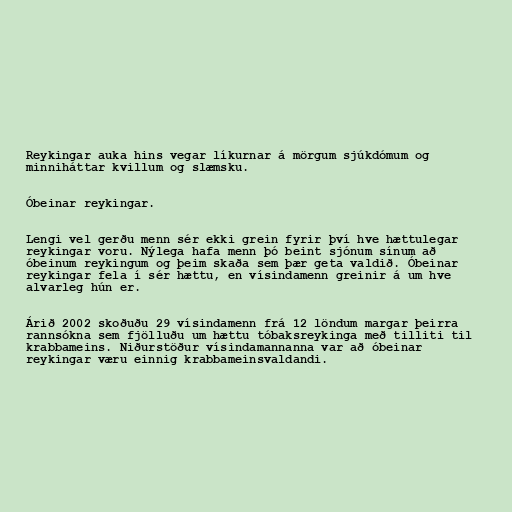
Reykingar auka hins vegar líkurnar á mörgum sjúkdómum og
minniháttar kvillum og slæmsku.

Óbeinar reykingar.

Lengi vel gerðu menn sér ekki grein fyrir því hve hættulegar
reykingar voru. Nýlega hafa menn þó beint sjónum sínum að
óbeinum reykingum og þeim skaða sem þær geta valdið. Óbeinar
reykingar fela í sér hættu, en vísindamenn greinir á um hve
alvarleg hún er.

Árið 2002 skoðuðu 29 vísindamenn frá 12 löndum margar þeirra
rannsókna sem fjölluðu um hættu tóbaksreykinga með tilliti til
krabbameins. Niðurstöður vísindamannanna var að óbeinar
reykingar væru einnig krabbameinsvaldandi.